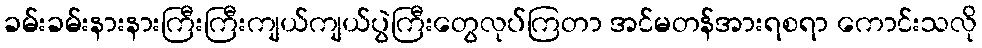
ခမ်းခမ်းနားနားကြီးကြီးကျယ်ကျယ်ပွဲကြီးတွေလုပ်ကြတာ အင်မတန်အားရစရာ ကောင်းသလို